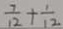
\frac { 7 } { 1 2 } + \frac { 1 } { 1 2 }